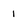
Character: 1